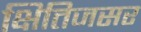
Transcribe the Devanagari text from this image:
क्षितिजसर